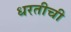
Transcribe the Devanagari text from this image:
धरतीची